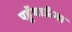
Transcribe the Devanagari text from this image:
पहुॅचाऊॅगा